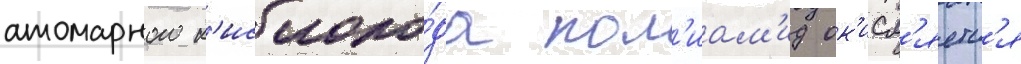
атомарного к'ислоро́да пол'иам'ид ок'исл'яетс'я